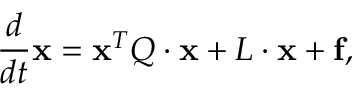
\frac { d } { d t } { \bf x } = { \bf x } ^ { T } { \cal Q } \cdot { \bf x } + { \cal L } \cdot { \bf x } + { \bf f } ,